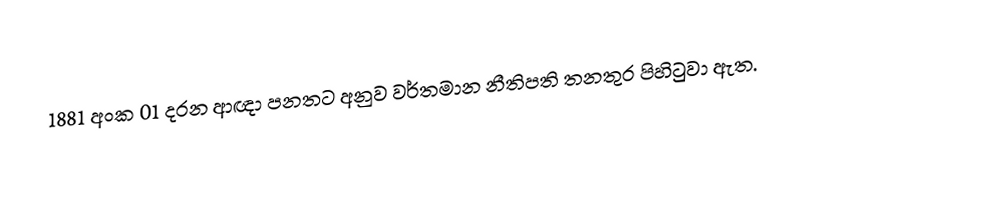
1881 අංක 01 දරන ආඥා පනතට අනුව වර්තමාන නීතිපති තනතුර පිහිටුවා ඇත.